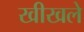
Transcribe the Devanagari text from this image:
खीखले